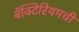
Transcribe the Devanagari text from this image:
बॅक्टिरियमची